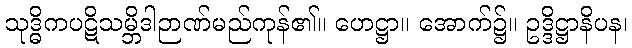
သုဒ္ဓိကပဋိသမ္ဘိဒါဉာဏ်မည်ကုန်၏။ ဟေဋ္ဌာ။ အောက်၌။ ဥဒ္ဒိဋ္ဌာနိပန၊